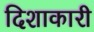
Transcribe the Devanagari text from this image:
दिशाकारी